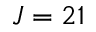
J = 2 1